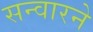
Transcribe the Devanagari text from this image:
सन्वारने